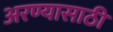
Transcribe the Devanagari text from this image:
अरण्यासाठी